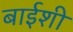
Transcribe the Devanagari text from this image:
बाईशी